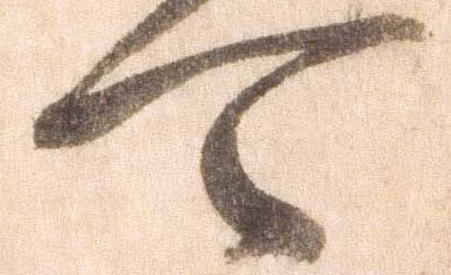
可